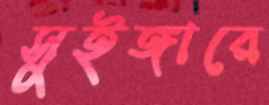
সুইঙ্গারে